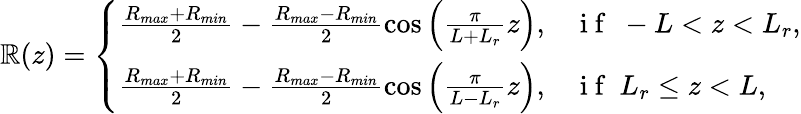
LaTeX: \mathbb{R}(z)=\left\{ \begin{array}{ll}{\frac{R_{max}+R_{min}}{2}-\frac{R_{max}-R_{min}}{2}\cos\left(\frac{\pi}{L+L_{r}}z\right),}&{\mathrm{~i~f~}\ -L<z<L_{r},}\\ {\frac{R_{max}+R_{min}}{2}-\frac{R_{max}-R_{min}}{2}\cos\left(\frac{\pi}{L-L_{r}}z\right),}&{\mathrm{~i~f~}\ L_{r}\leq z<L,}\end{array}\right.